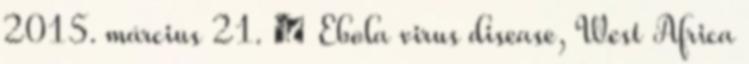
2015. március 21. ↑ Ebola virus disease, West Africa